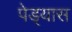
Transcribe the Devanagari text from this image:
पेड्यास